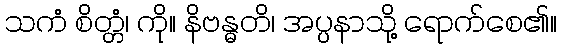
သကံ စိတ္တံ၊ ကို။ နိဗန္ဓတိ၊ အပ္ပနာသို့ ရောက်စေ၏။